Annual report on the working of the lock hospitals in the Central Provinces
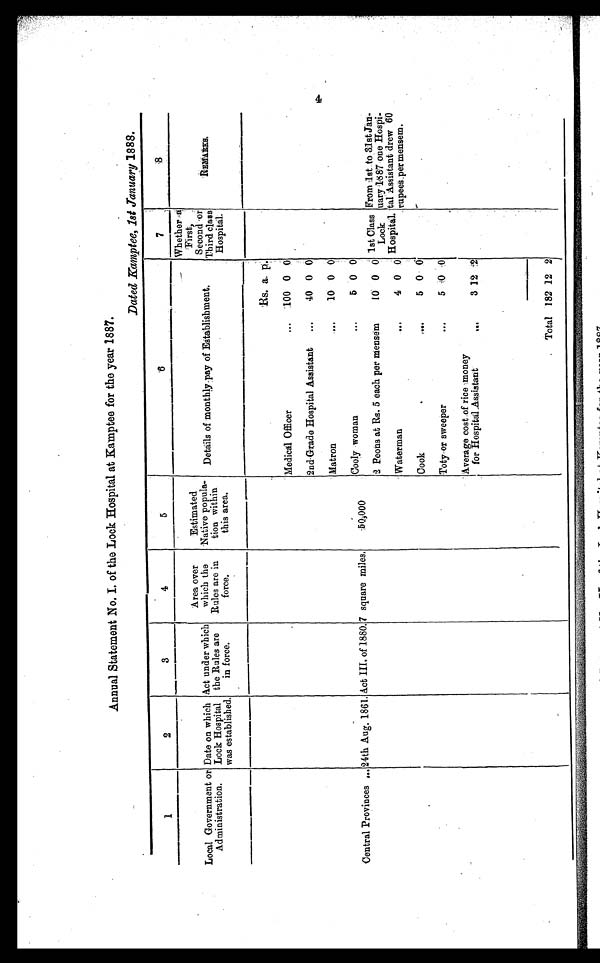
Annual Statement No. I. of the Lock Hospital at Kamptee for the year 1887.
Dated Kamptee, 1st January 1888.
1
-
2
3
4
5
'6
---
7
Local Government or
Administration.
Date on which
Lock Hospital
was established.
Act under which
the Rules are
in force.
Area over
which the
Rules are in
force,
Estimated
'Native popula-
tion within
this area.
Details of monthly Tpay of Establishment,
Whether s-a
'First,
Second -or
Third class
Hospital.
tallow.
Es. a. p:
Medical Officer
...
'100 0 0
2nd-Grade Hospital Assistant
...
40 0 0
Matron
...
10 0 0
Central Provinces a..
--
24th Aug. 1861. Act III, of 1880. 7 square miles,
-
-50,000
woman
Cooly
5 0 0
2 Peons at Rs. 5 each per mensem
10 0 0 1st Class
Lock
Hospital.
.
From 1st to 31st Jan-
uary '1887 one Hospi-
tal Assistant drew 60
rupees _per mensem.
Waterman
6
4 0 0
Cook
r
5 0 0
-
.
Toty-or sweeper
&OS
5 i3O ,.0
' Average cost of rice -:money
for Hospital Assistant
' ,OS
3 12 2
.
.
Total 182 12 2